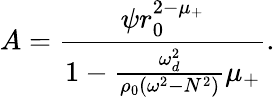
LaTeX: A=\frac{\psi r_{0}^{2-\mu_{+}}}{1-\frac{\omega_{d}^{2}}{\rho_{0}(\omega^{2}-N^{2})}\mu_{+}}.